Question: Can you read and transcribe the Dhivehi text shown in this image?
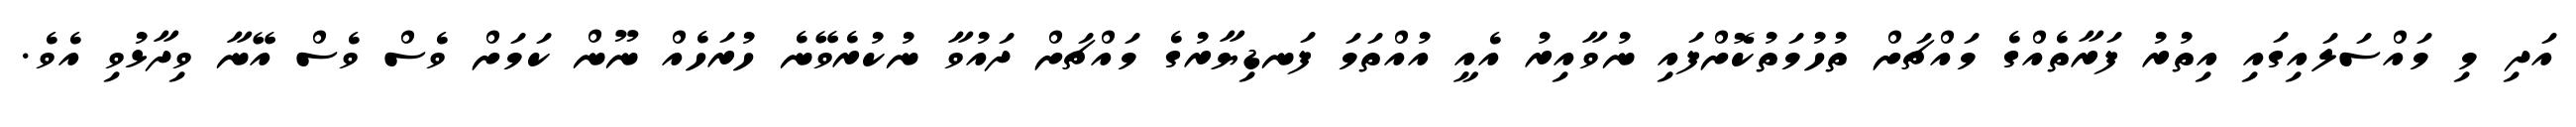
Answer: އަދި މި މައްސަލައިގައި އިތުރު ފަރާތެއްގެ މައްޗަށް ތުހުމަތުކޮށްފައި ނުވާއިރު އެއީ އުއްތަމަ ފަނޑިޔާރުގެ މައްޗަށް ދައުވާ ނުކުރެވޭނެ ހުރަހެއް ނޫން ކަމަށް ވެސް ވެސް އޭނާ ވިދާޅުވި އެވެ.